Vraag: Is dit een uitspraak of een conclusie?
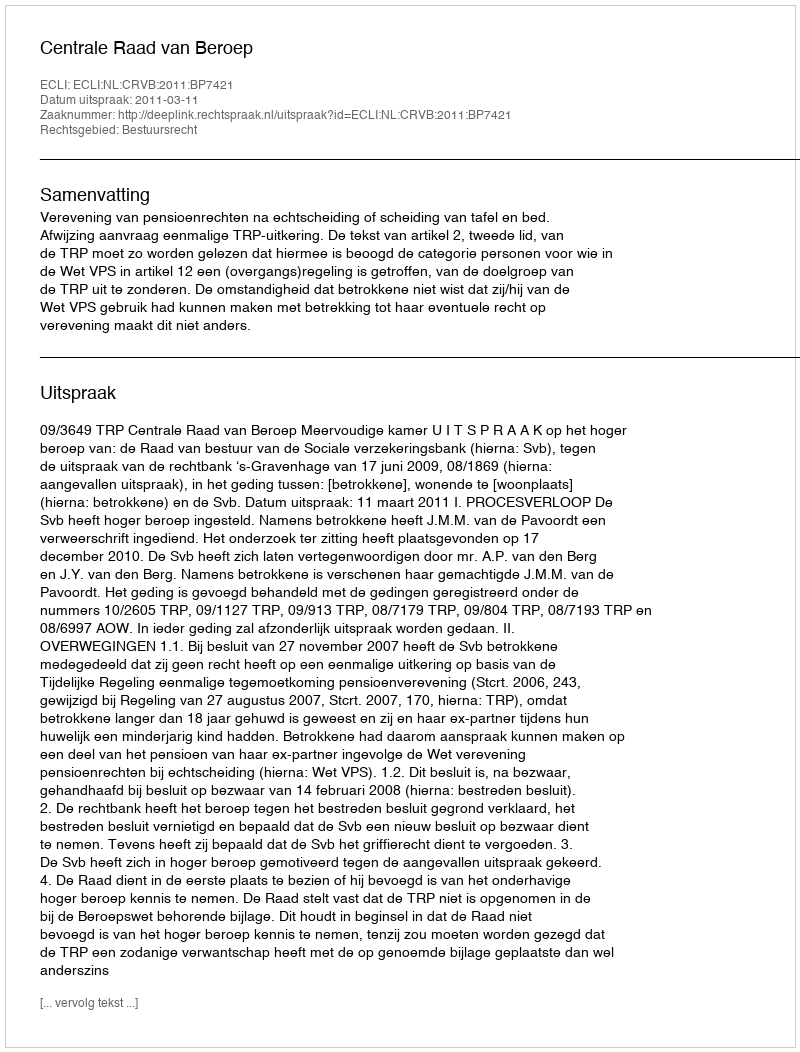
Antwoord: Uitspraak